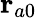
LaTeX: \mathbf{r}_{a0}